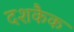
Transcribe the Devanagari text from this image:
दशकैक